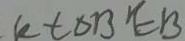
R t \Delta B E B